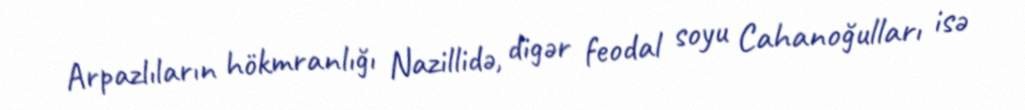
Arpazlıların hökmranlığı Nazillidə, digər feodal soyu Cahanoğulları isə